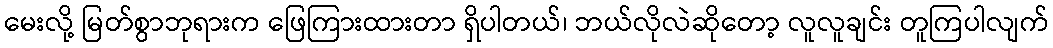
မေးလို့ မြတ်စွာဘုရားက ဖြေကြားထားတာ ရှိပါတယ်၊ ဘယ်လိုလဲဆိုတော့ လူလူချင်း တူကြပါလျက်